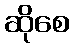
ဆိုစေ